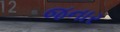
જનાર